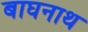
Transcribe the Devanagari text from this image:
बाघनाथ